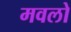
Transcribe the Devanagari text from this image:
मवलो